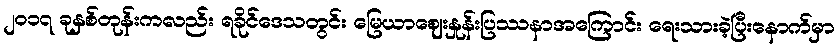
၂၀၁၇ ခုနှစ်တုန်းကလည်း ရခိုင်ဒေသတွင်း မြေယာဈေးနှုန်းပြဿနာအကြောင်း ရေးသားခဲ့ပြီးနောက်မှာ